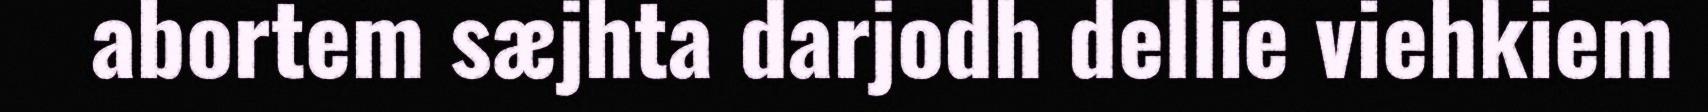
abortem sæjhta darjodh dellie viehkiem